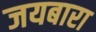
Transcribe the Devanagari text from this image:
जयबारा